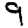
Digit: 9